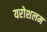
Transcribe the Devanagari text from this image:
यरोशलम